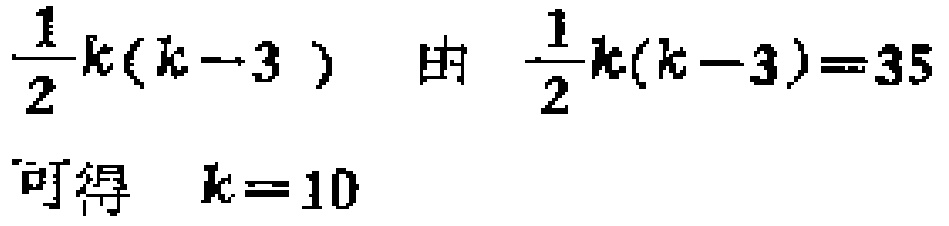
$\frac{1}{2}k(k - 3)\text{ 由 }\frac{1}{2}k(k - 3)=35\text{ 可得 }k = 10$